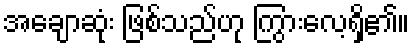
အချောဆုံး ဖြစ်သည်ဟု ကြွားလေ့ရှိ၏။